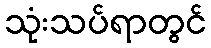
သုံးသပ်ရာတွင်